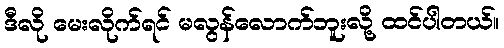
ဒီလို မေးလိုက်ရင် မလွန်လောက်ဘူးလို့ ထင်ပါတယ်။